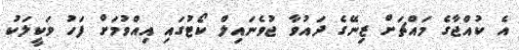
އެ ކުއްޖާގެ މައްޗަށް ޒިނޭގެ ދައުވާ ޖުވެނައިލް ކޯޓުގައި އިއްވުމަށް ފަހު ވަކީލަކު